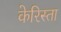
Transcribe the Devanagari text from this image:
केरिस्ता